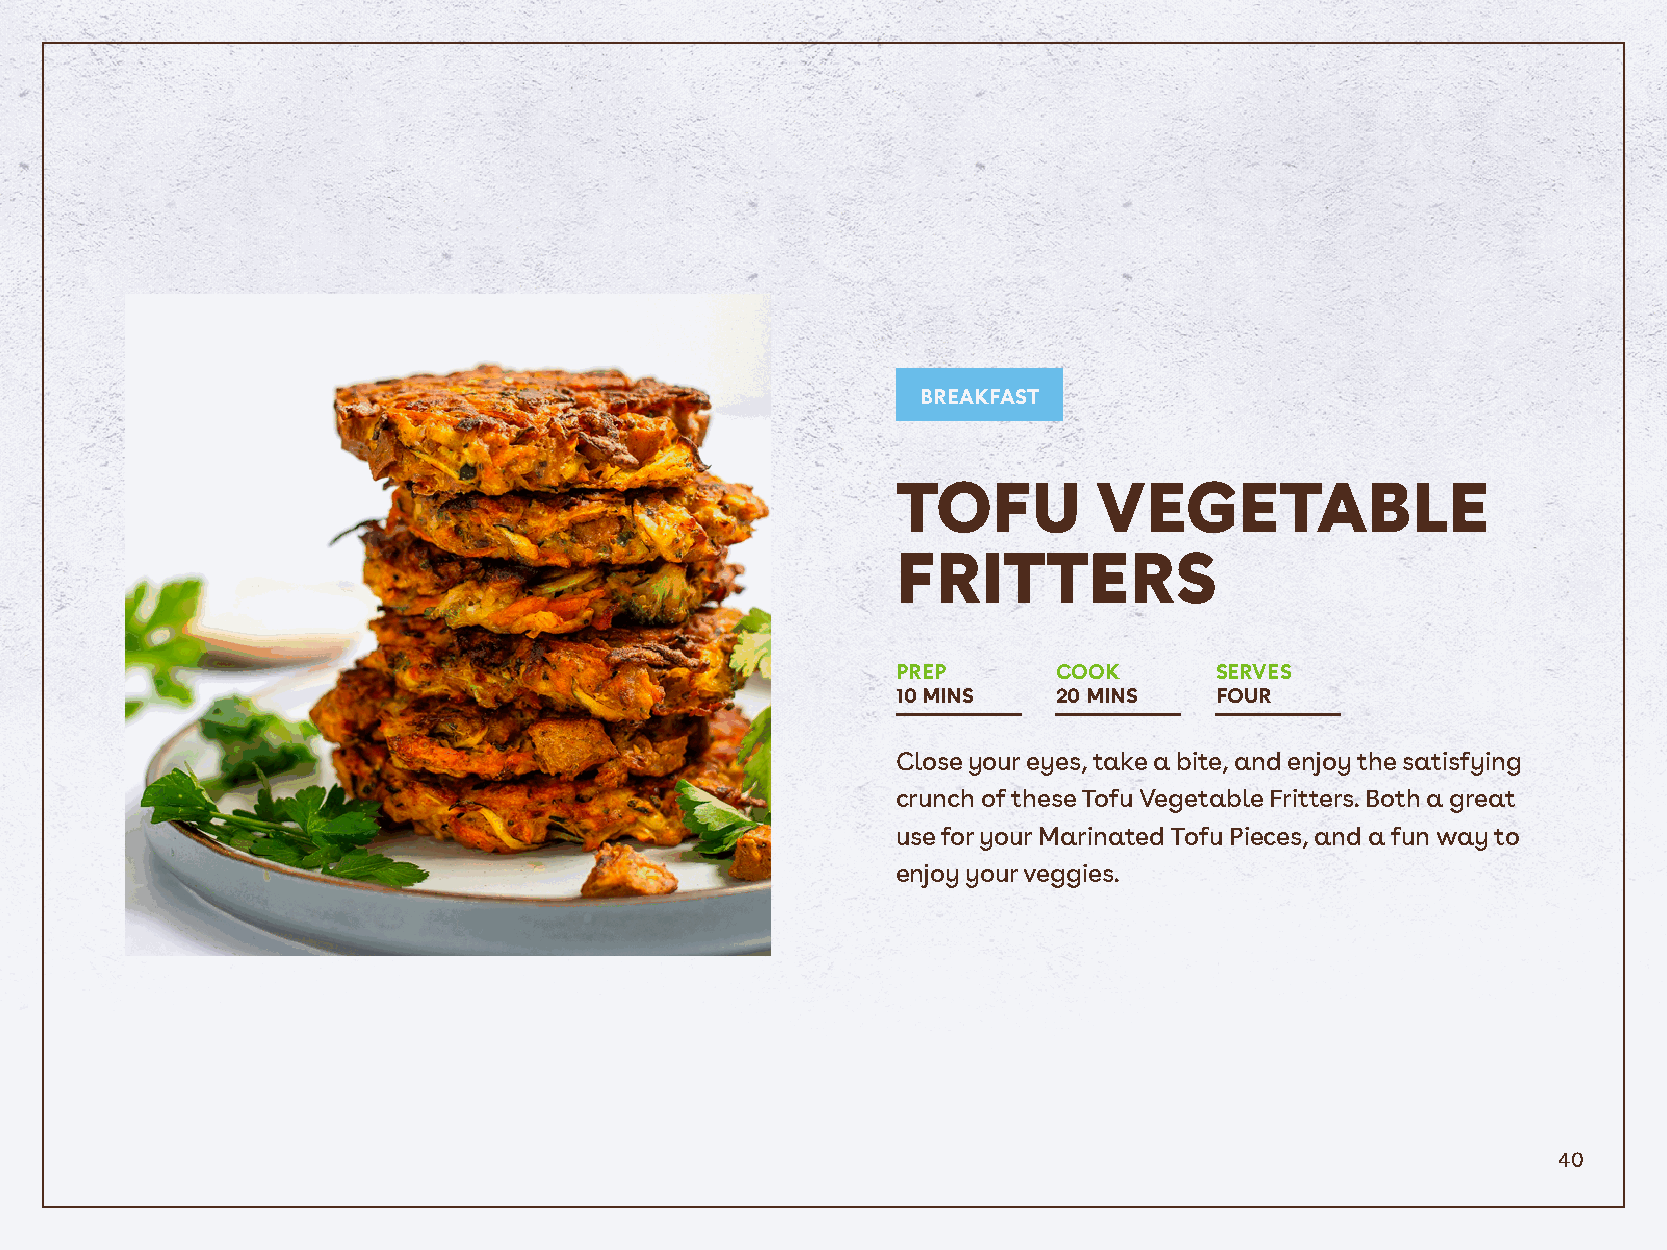
BREAKFAST
 TOFU          VEGETABLE
 FRITTERS
 PREP       COOK      SERVES
 10 MINS    20 MINS   FOUR
 Close your eyes, take a bite, and enjoy the satisfying
 crunch of these Tofu Vegetable Fritters. Both a great
 use for your Marinated Tofu Pieces, and a fun way to
 enjoy your veggies.
 40